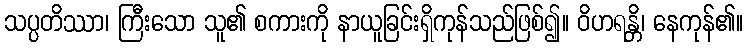
သပ္ပတိဿာ၊ ကြီးသော သူ၏ စကားကို နာယူခြင်းရှိကုန်သည်ဖြစ်၍။ ဝိဟရန္တိ၊ နေကုန်၏။